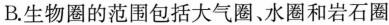
B. 生物圈的范围包括大气圈、水圈和岩石圈